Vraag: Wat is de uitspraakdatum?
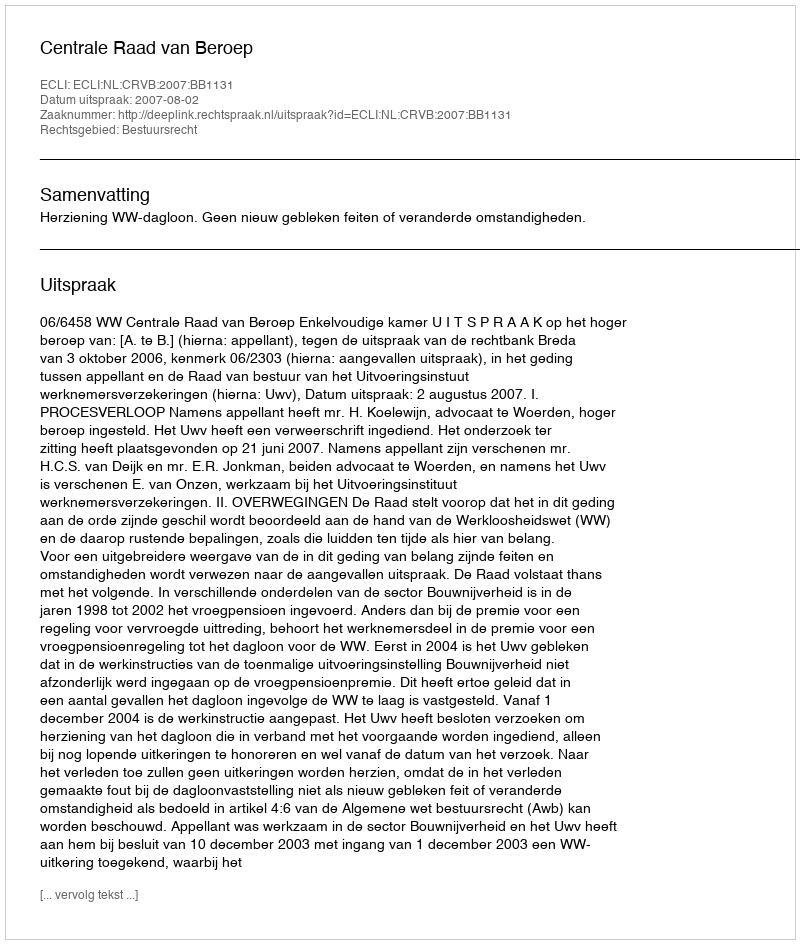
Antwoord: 2007-08-02